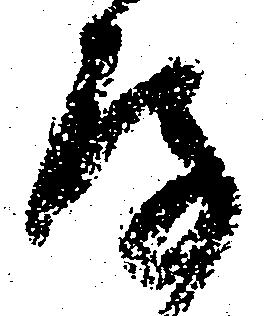
存